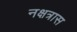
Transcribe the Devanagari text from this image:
नक्षत्रास